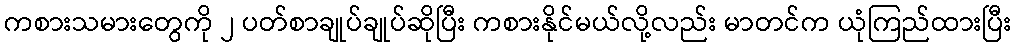
ကစားသမားတွေကို ၂ ပတ်စာချုပ်ချုပ်ဆိုပြီး ကစားနိုင်မယ်လို့လည်း မာတင်က ယုံကြည်ထားပြီး